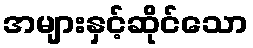
အများနှင့်ဆိုင်သော